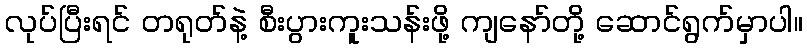
လုပ်ပြီးရင် တရုတ်နဲ့ စီးပွားကူးသန်းဖို့ ကျနော်တို့ ဆောင်ရွက်မှာပါ။